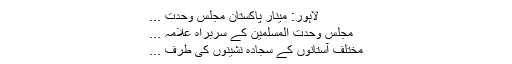
لاہور: مینار پاکستان مجلس وحدت ...
مجلس وحدت المسلمین کے سربراہ علامہ ...
مختلف آستانوں کے سجادہ نشینوں کی طرف ...